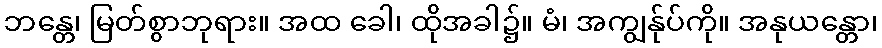
ဘန္တေ၊ မြတ်စွာဘုရား။ အထ ခေါ၊ ထိုအခါ၌။ မံ၊ အကျွန်ုပ်ကို။ အနုယန္တော၊